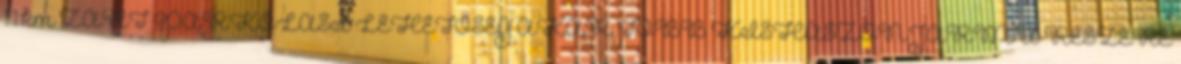
1.1 km ZÁRT PARKOLÁSI LEHETŐSÉG AKÁR TÖBB KISHASZONJÁRMŰ RÉSZÉRE